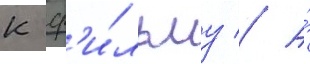
к ф'и́льму // А́